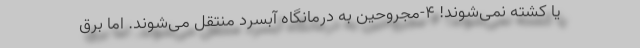
یا کشته نمی‌شوند! ۴-مجروحین به درمانگاه آبسرد منتقل می‌شوند. اما برق